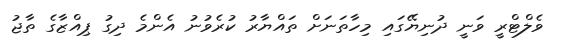
ވެލްޓްރީ ވަނީ ދުނިޔޭގައި މިހާތަނަށް ތައްޔާރު ކުރެވުނު އެންމެ ދިގު ޕިއްޒާގެ ތާޖު